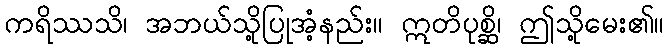
ကရိဿသိ၊ အဘယ်သို့ပြုအံ့နည်း။ ဣတိပုစ္ဆိ၊ ဤသို့မေး၏။